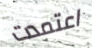
اعتمدت